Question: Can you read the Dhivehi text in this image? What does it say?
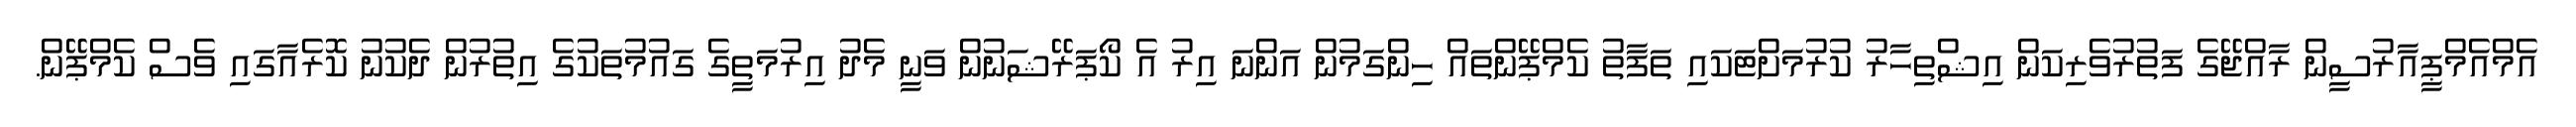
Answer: އެމްއެމްޕީއާރުސީން ރާއްޖޭގެ ފަތުރުވެރިކަން އިޝްތިހާރު ކުރުމަށްޓަކައި ތަފާތު ކެމްޕޭންތައް ހިންގަމުން އަންނަ އިރު އެ ކޯޕަރޭޝަނުން ވަނީ މެދު އިރުމަތީގެ ގައުމުތަކުގެ އިތުރުން ދެކުނު ކޮރެއާގައި ވެސް ކެމްޕޭން.